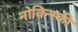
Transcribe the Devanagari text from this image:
नोविन्स्की